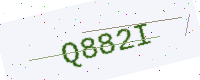
Text: Q882I